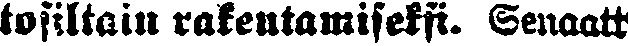
tosiltain rakentamiseksi. Senaatt